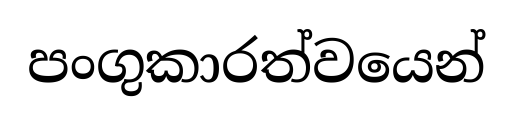
පංගුකාරත්වයෙන්